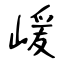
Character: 嵈